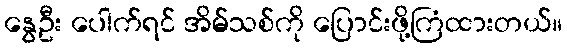
နွေဦး ပေါက်ရင် အိမ်သစ်ကို ပြောင်းဖို့ကြံထားတယ်။